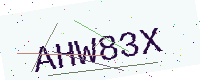
Text: AHW83X